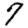
Digit: 7